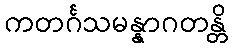
ကတင်္ဂသမန္နာဂတန္တိ